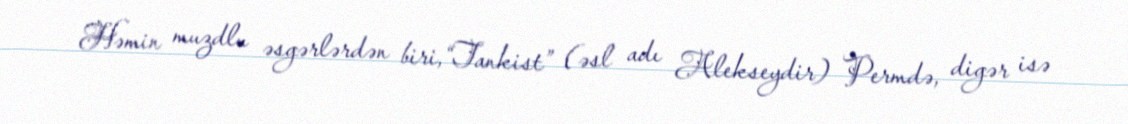
Həmin muzdlu əsgərlərdən biri,“Tankist” (əsl adı Alekseydir) Permdə, digər isə